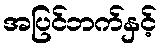
အပြင်ဘက်နှင့်